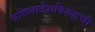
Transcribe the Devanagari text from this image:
बांगलादेशविरुद्धची